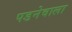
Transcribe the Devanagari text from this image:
पडनेवाला